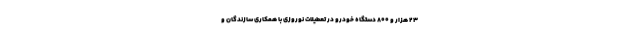
۲۳ هزار و ۸۰۰ دستگاه خودرو در تعطیلات نوروزی با همکاری سازندگان و